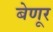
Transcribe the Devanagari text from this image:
बेणूर